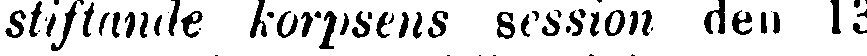
stiftande korpsens session den 13